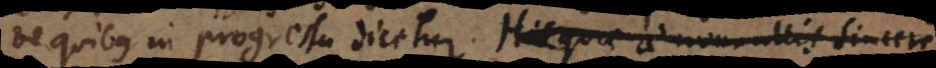
de quibus in progressu dicetur. Quae cum a nonnullis doc